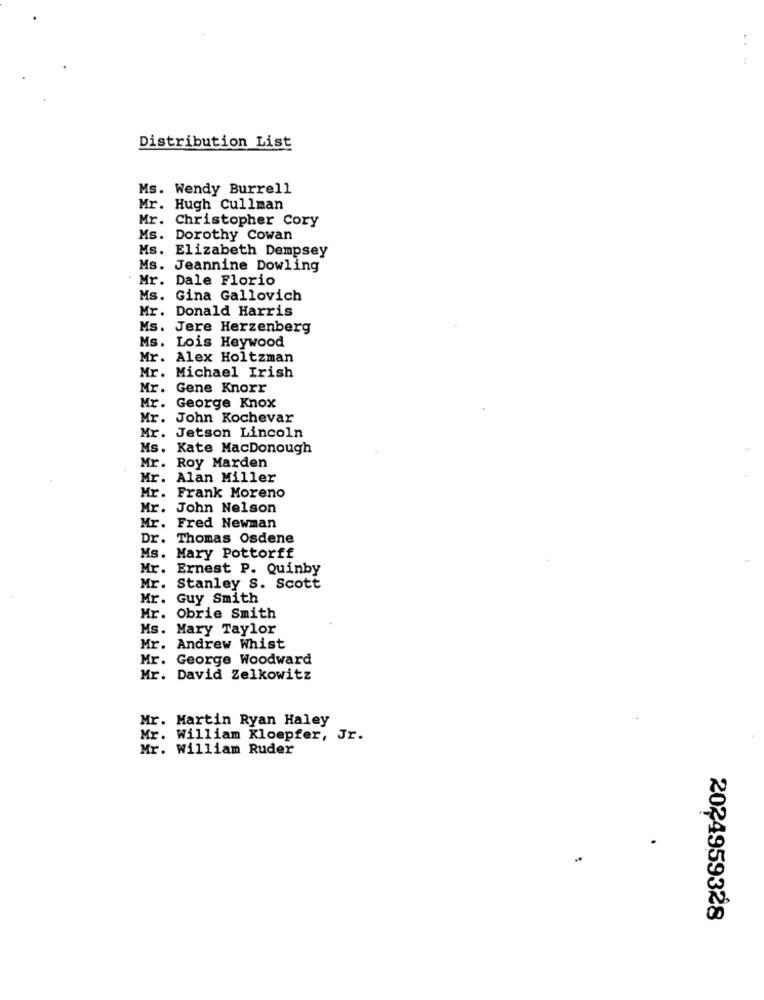
Distribution List
Ms. Wendy Burrell
Mr. Hugh Cullman
Mr. Christopher Cory
Ms. Dorothy Cowan
Ms. Elizabeth Dempsey
Ms. Jeannine Dowling
Mr. Dale Florio
Ms. Gina Gallovich
Mr. Donald Harris
Ms. Jere Herzenberg
Ms. Lois Heywood
Mr. Alex Holtzman
Mr. Michael Irish
Mr.
Gene Knorr
Mr.
George Knox
Mr. John Kochevar
Mr. Jetson Lincoln
Ms.
Kate MacDonough
Mr. Roy Marden
Mr.
Alan Miller
Mr.
Frank Moreno
Mr. John Nelson
Mr. Fred Newman
Dr. Thomas Osdene
Ms. Mary Pottorff
Mr. Ernest P. Quinby
Mr. Stanley S. Scott
Mr. Guy Smith
Mr. Obrie Smith
Ms. Mary Taylor
Mr. Andrew Whist
Mr. George Woodward
Mr. David Zelkowitz
Mr. Martin Ryan Haley
Mr. William Kloepfer, Jr.
Mr. William Ruder
2024959328